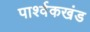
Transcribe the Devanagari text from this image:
पार्श्वकखंड